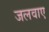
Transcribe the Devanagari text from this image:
जलवाए